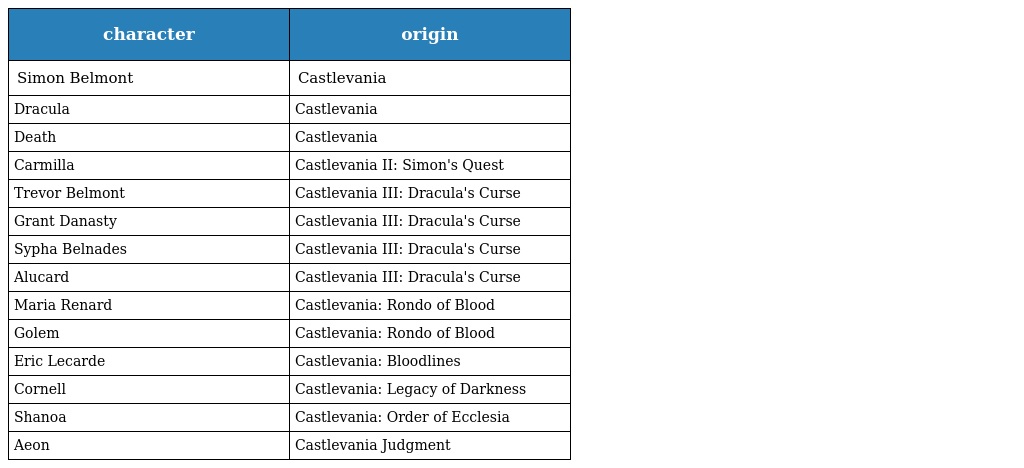
| character | origin |
 | --- | --- |
 | Simon Belmont | Castlevania |
 | Dracula | Castlevania |
 | Death | Castlevania |
 | Carmilla | Castlevania II: Simon's Quest |
 | Trevor Belmont | Castlevania III: Dracula's Curse |
 | Grant Danasty | Castlevania III: Dracula's Curse |
 | Sypha Belnades | Castlevania III: Dracula's Curse |
 | Alucard | Castlevania III: Dracula's Curse |
 | Maria Renard | Castlevania: Rondo of Blood |
 | Golem | Castlevania: Rondo of Blood |
 | Eric Lecarde | Castlevania: Bloodlines |
 | Cornell | Castlevania: Legacy of Darkness |
 | Shanoa | Castlevania: Order of Ecclesia |
 | Aeon | Castlevania Judgment |